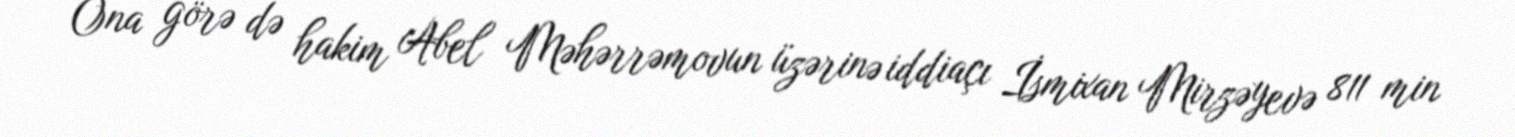
Ona görə də hakim Abel Məhərrəmovun üzərinə iddiaçı İsmixan Mirzəyevə 811 min